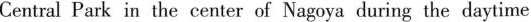
Central Park in the center of Nagoya during the daytime